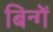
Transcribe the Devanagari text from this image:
बिन्गें